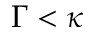
\Gamma < \kappa